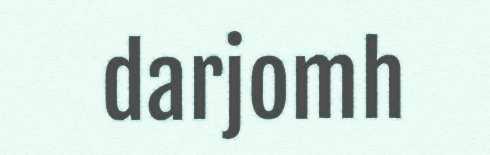
darjomh